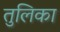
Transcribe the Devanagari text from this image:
तुलिका